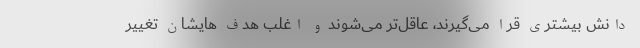
دانش بیشتری قرا می‌گیرند، عاقل‌تر می‌شوند و اغلب هدف هایشان تغییر